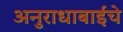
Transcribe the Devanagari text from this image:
अनुराधाबाईंचे